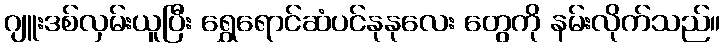
ဂျူးဒစ်လှမ်းယူပြီး ရွှေရောင်ဆံပင်နုနုလေး တွေကို နမ်းလိုက်သည်။